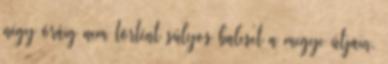
négy óráig nem történt súlyos baleset a megye útjain,